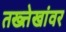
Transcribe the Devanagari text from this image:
तख्त्तेखांवर